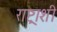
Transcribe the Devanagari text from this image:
राष्ट्राशी